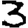
Digit: 3